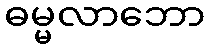
ဓမ္မလာဘော